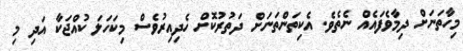
މިހާތަނަށް ދިމާވެފައެއް ނެތެވެ. އެކިތަންތަނަށް ދަތުރުކޮށް ހެދިއިރުވެސް މިކަހަލަ ކުއްޖަކާ އަދި މި